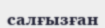
салғызған